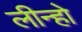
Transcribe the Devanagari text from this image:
लीन्‍हो